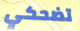
تضحكي